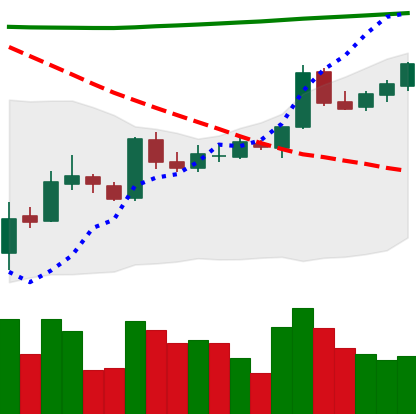
Ticker: BTC-USD
Chart end date: 2015-10-11
Forward return: 6.403%
Label: up_5_7